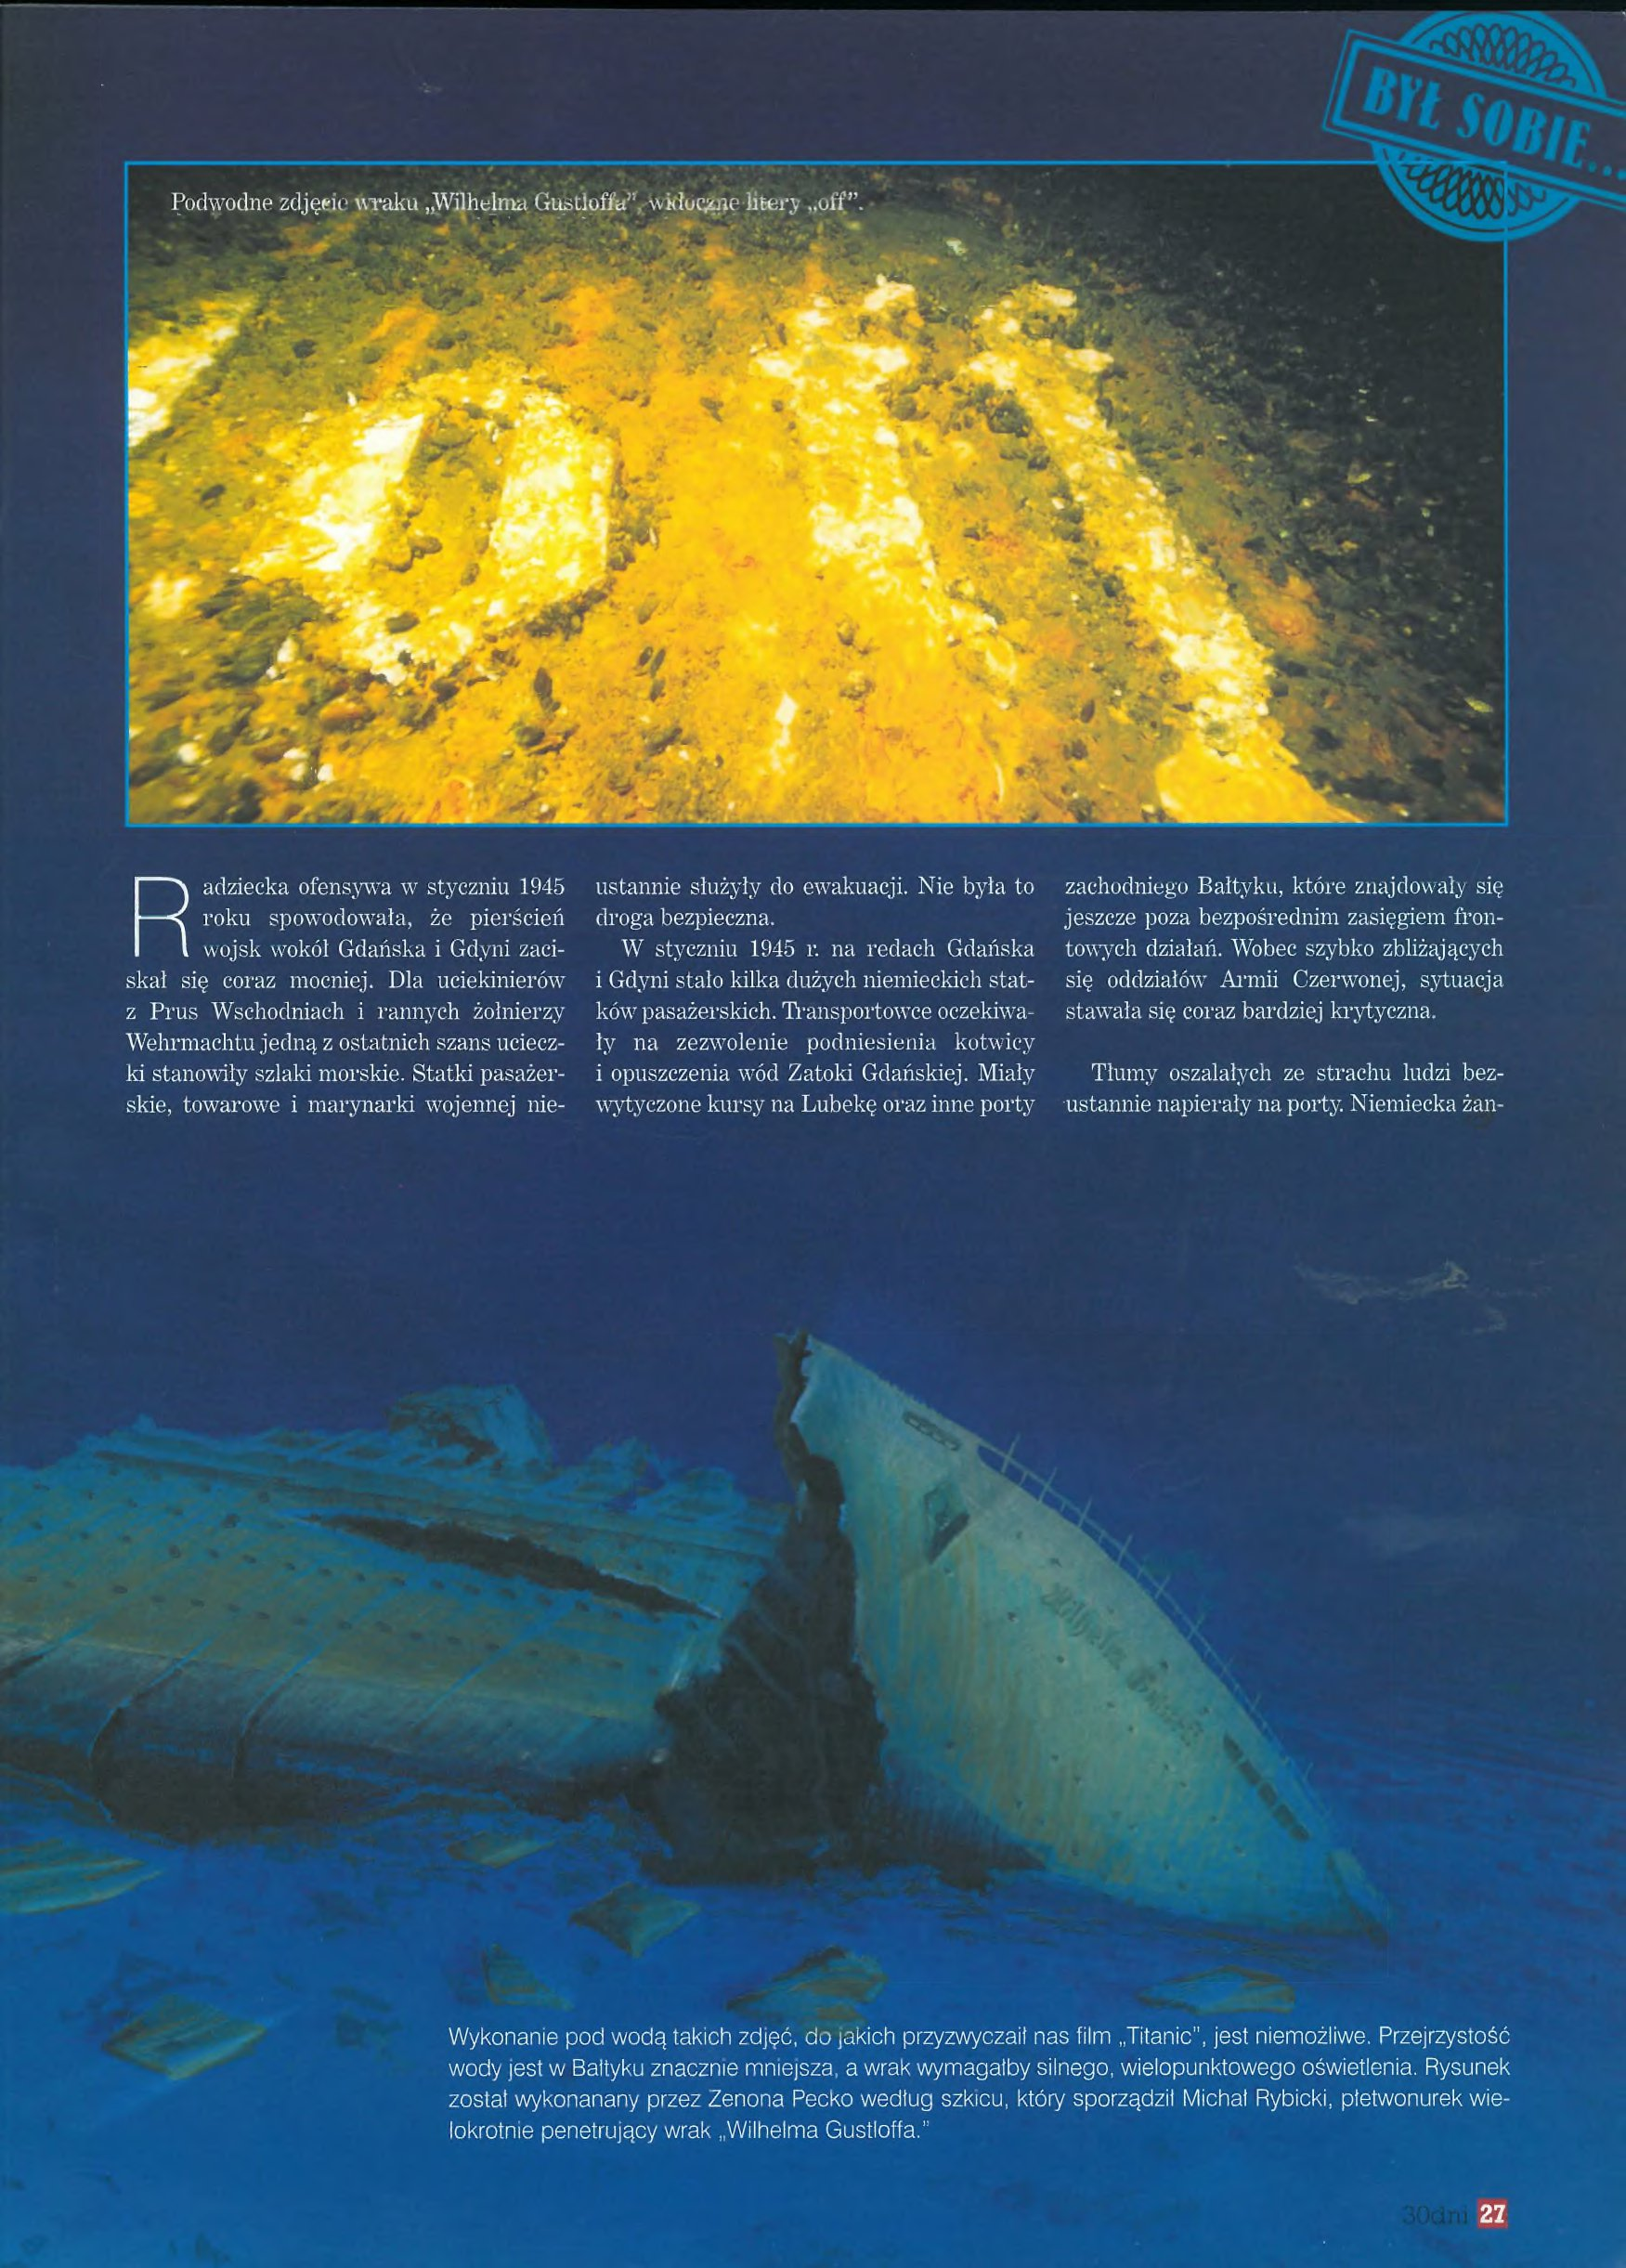
Language: pl